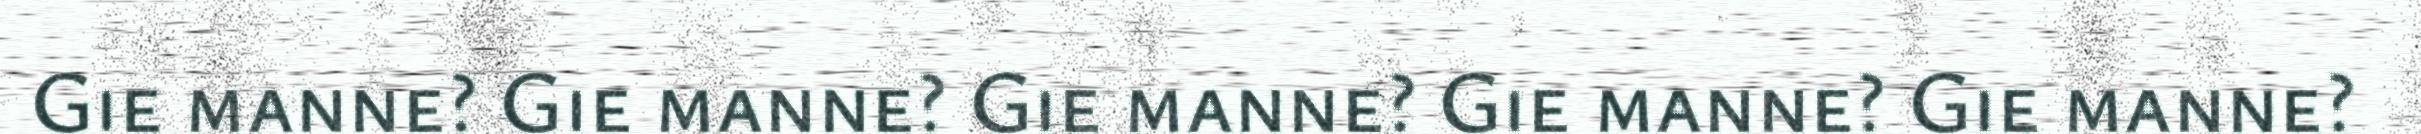
Gie manne? Gie manne? Gie manne? Gie manne? Gie manne?